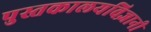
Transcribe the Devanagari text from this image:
पुस्तकालयविज्ञानी